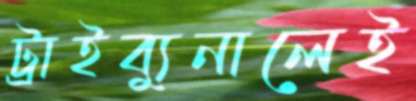
ট্রাইব্যুনালেই